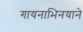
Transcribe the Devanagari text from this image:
गायनाभिनयाने